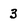
Character: 3